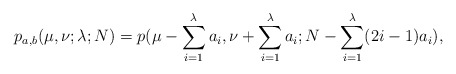
\begin{align*}p_{a,b}(\mu , \nu ; \lambda ; N) =p(\mu -\sum_{i=1}^{\lambda } a_i , \nu +\sum_{i=1}^{\lambda } a_i ; N -\sum_{i=1}^{\lambda } (2i-1) a_i ),\end{align*}